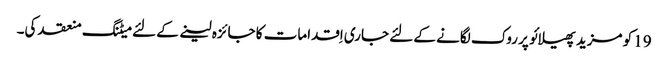
19 کو مزید پھیلائو پر روک لگانے کے لئے جاری اِقدامات کا جائزہ لینے کے لئے میٹنگ منعقد کی۔